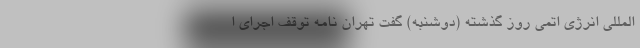
‌المللی انرژی اتمی روز گذشته (دوشنبه) گفت تهران نامه توقف اجرای ا